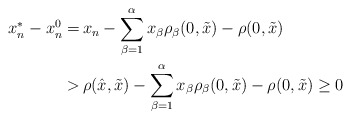
\begin{align*}\begin{aligned}x_n^* - x_n^0 = \,& x_n - \sum_{\beta=1}^\alpha x_\beta \rho_\beta (0, \tilde{x}) - \rho (0, \tilde{x}) \\ > \,& \rho (\hat{x}, \tilde{x}) - \sum_{\beta=1}^\alpha x_\beta \rho_\beta (0, \tilde{x}) - \rho (0, \tilde{x}) \geq 0\end{aligned}\end{align*}